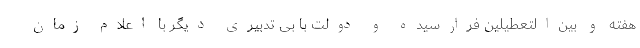
هفته و بین‌التعطیلین فرارسیده و دولت با بی تدبیری دیگر با اعلام زمان